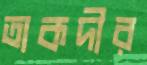
তাকদীর